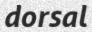
dorsal